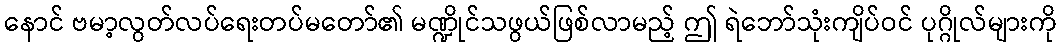
နောင် ဗမာ့လွတ်လပ်ရေးတပ်မတော်၏ မဏ္ဍိုင်သဖွယ်ဖြစ်လာမည့် ဤ ရဲဘော်သုံးကျိပ်ဝင် ပုဂ္ဂိုလ်များကို